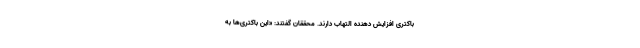
باکتری افزایش دهنده التهاب دارند. محققان گفتند: «این باکتری‌ها به